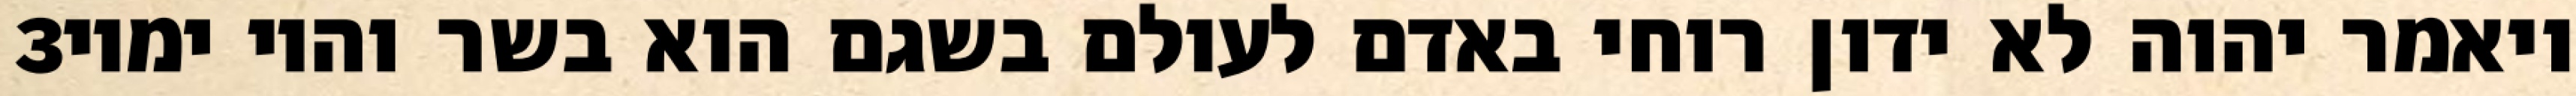
‎3‏ ויאמר יהוה לא ידון רוחי באדם לעולם בשגם הוא בשר והיו ימיו